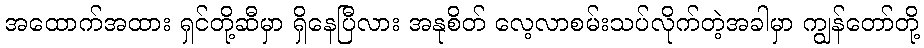
အထောက်အထား ရှင်တို့ဆီမှာ ရှိနေပြီလား အနုစိတ် လေ့လာစမ်းသပ်လိုက်တဲ့အခါမှာ ကျွန်တော်တို့